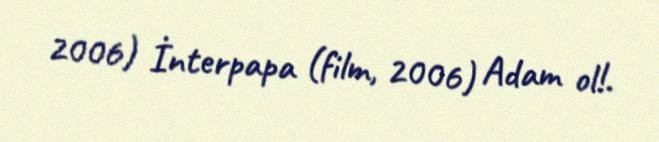
2006) İnterpapa (film, 2006) Adam ol!.